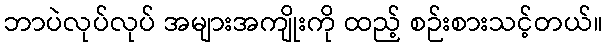
ဘာပဲလုပ်လုပ် အများအကျိုးကို ထည့် စဉ်းစားသင့်တယ်။